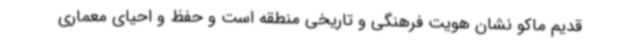
قدیم ماکو نشان هویت فرهنگی و تاریخی منطقه است و حفظ و احیای معماری